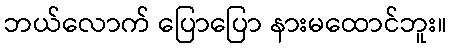
ဘယ်လောက် ပြောပြော နားမထောင်ဘူး။